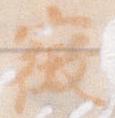
徴